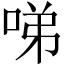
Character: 㖒